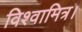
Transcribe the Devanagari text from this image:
विश्वामित्र।